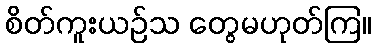
စိတ်ကူးယဉ်သ တွေမဟုတ်ကြ။